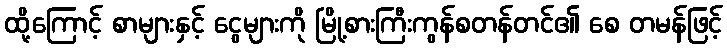
ထို့ကြောင့် စာများနှင့် ငွေများကို မြို့စားကြီးကွန်စတန်တင်၏ စေ တမန်ဖြင့်